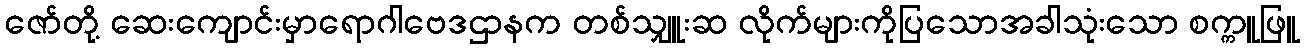
ဇော်တို့ ဆေးကျောင်းမှာရောဂါဗေဒဌာနက တစ်သျှူးဆ လိုက်များကိုပြသောအခါသုံးသော စက္ကူဖြူ